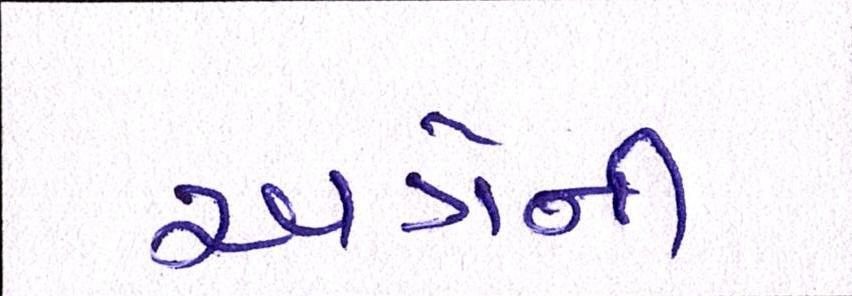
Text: અત્રેની